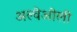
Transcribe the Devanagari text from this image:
अल्वेओली